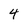
Character: 4